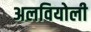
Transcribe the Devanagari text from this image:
अलवियोली